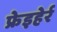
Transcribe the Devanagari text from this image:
फ्रेइहेर्र